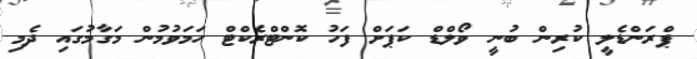
ޕްރަންޑެލީ ކުރިން ބުނީ ވޯލްޑް ކަޕަށް ފަހު ކޮންޓްރެކްޓް ހަމަވުމުން މަގާމުގައި ދެމި